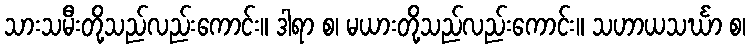
သားသမီးတို့သည်လည်းကောင်း။ ဒါရာ စ၊ မယားတို့သည်လည်းကောင်း။ သဟာယသင်္ဃာ စ၊